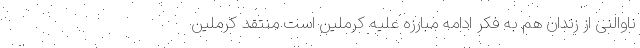
ناوالنی از زندان هم به فکر ادامه مبارزه علیه کرملین است منتقد کرملین